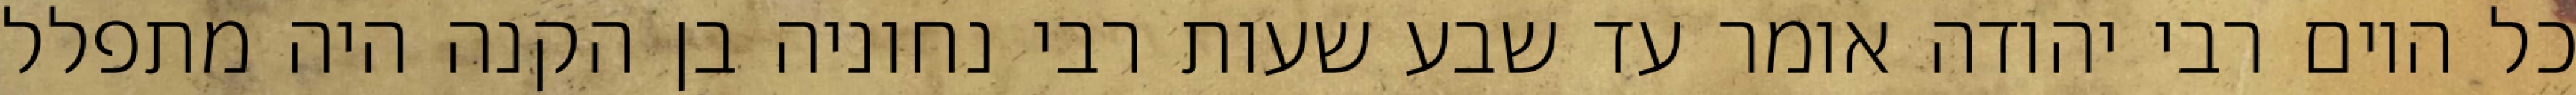
כל היום רבי יהודה אומר עד שבע שעות רבי נחוניה בן הקנה היה מתפלל